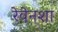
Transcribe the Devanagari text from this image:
रेवेनशा